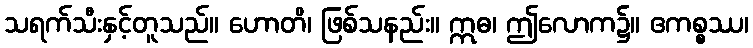
သရက်သီးနှင့်တူသည်။ ဟောတိ၊ ဖြစ်သနည်း။ ဣဓ၊ ဤလောက၌။ ဧကစ္စဿ၊